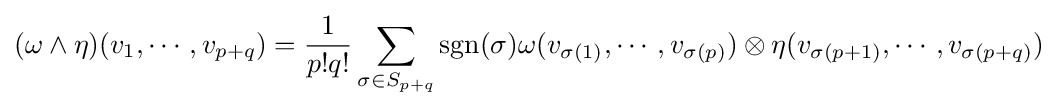
(\omega \wedge \eta )(v_{1},\cdots ,v_{p+q})={\frac {1}{p!q!}}\sum _{\sigma \in S_{p+q}}\operatorname {sgn} (\sigma )\omega (v_{\sigma (1)},\cdots ,v_{\sigma (p)})\otimes \eta (v_{\sigma (p+1)},\cdots ,v_{\sigma (p+q)})